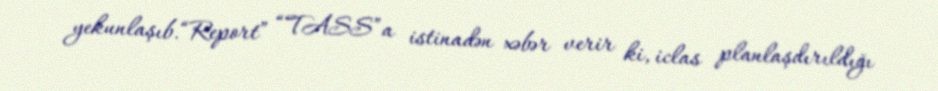
yekunlaşıb.“Report” “TASS”a istinadən xəbər verir ki, iclas planlaşdırıldığı